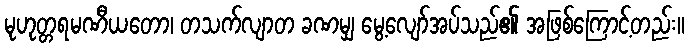
မုဟုတ္တရမဏီယတော၊ တသက်လျာတ ခဏမျှ မွေ့လျော်အပ်သည်၏ အဖြစ်ကြောင့်တည်း။